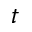
t